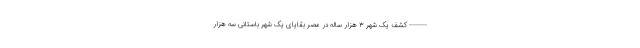
--------- کشف یک شهر ۳ هزار ساله در مصر بقایای یک شهر باستانی سه هزار